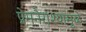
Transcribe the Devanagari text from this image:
प्रेमनैराश्‍यामुळे